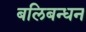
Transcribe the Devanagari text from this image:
बलिबन्धन